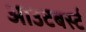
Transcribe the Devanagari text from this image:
आउटबर्स्ट